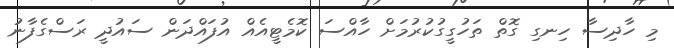
މި ހާދިސާ ހިނގި ގޮތް ތަހުގީގުކުރުމަށް ހާއްސަ ކޮމެޓީއެއް އުފައްދަން ސައުދީ ރަސްގެފާނު